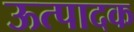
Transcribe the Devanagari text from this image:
ऊत्पादक